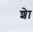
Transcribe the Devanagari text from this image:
शेा